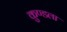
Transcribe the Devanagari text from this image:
कुण्डला